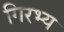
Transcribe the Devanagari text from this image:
गिरभ्य